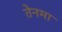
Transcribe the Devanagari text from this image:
तेनमा